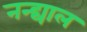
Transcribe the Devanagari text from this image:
नन्द्याल